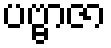
ပဗ္ဗာဇာ